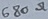
Text: 680Ω